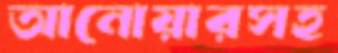
আনোয়ারসহ